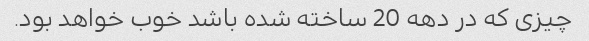
چیزی که در دهه 20 ساخته شده باشد خوب خواهد بود.